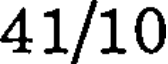
41/10